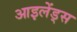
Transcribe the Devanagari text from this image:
आइलेंड्स